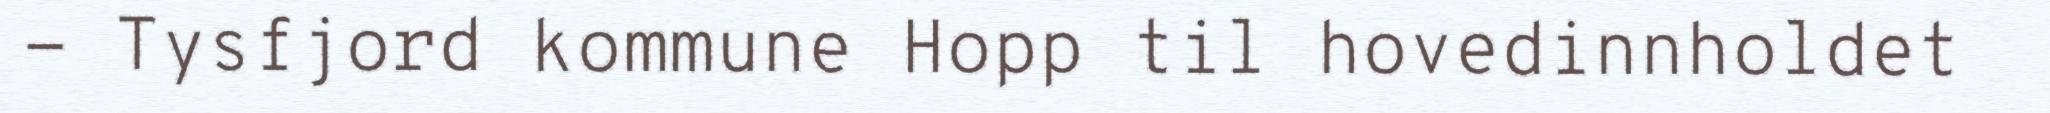
- Tysfjord kommune Hopp til hovedinnholdet